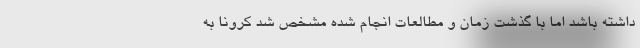
داشته باشد اما با گذشت زمان و مطالعات انجام شده مشخص شد کرونا به